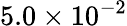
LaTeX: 5.0\times 10^{-2}